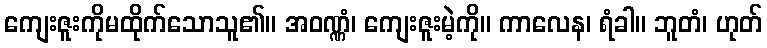
ကျေးဇူးကိုမထိုက်သောသူ၏။ အဝဏ္ဏံ၊ ကျေးဇူးမဲ့ကို။ ကာလေန၊ ရံခါ။ ဘူတံ၊ ဟုတ်